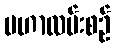
မဟာလမ်းစဉ်